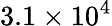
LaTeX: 3.1\times 10^{4}